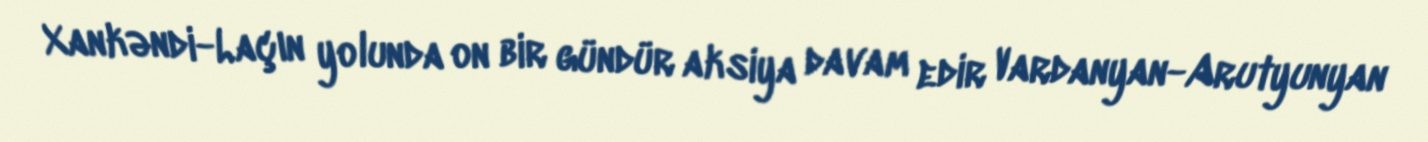
Xankəndi-Laçın yolunda on bir gündür aksiya davam edir Vardanyan-Arutyunyan